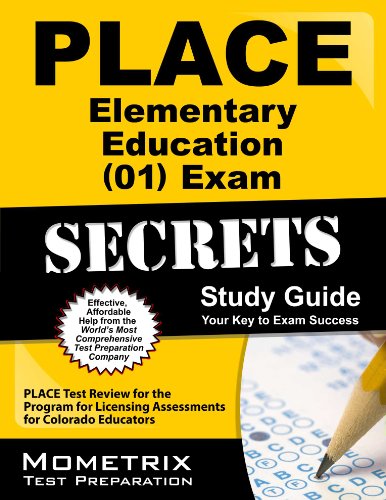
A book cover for PLACE Elementary Education (01) Exam Secrets Study Guide: PLACE Test Review for the Program for Licensing Assessments for Colorado Educators; PLACE Exam Secrets Test Prep Team; Test Preparation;